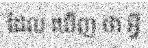
ដែល ឃើញ ថា អ្វី